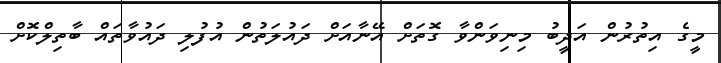
މީގެ އިތުރުން އަދީބު މިނިވަންވާ ގޮތަށް އޭނާއަށް ދައުލަތުން އުފުލި ދައުވާތައް ބާތިލްކޮށް